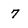
Character: 7